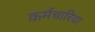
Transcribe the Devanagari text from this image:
कर्मचारिया